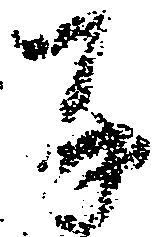
子